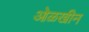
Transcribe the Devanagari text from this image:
ओळखीन